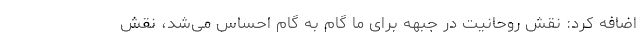
اضافه کرد: نقش روحانیت در جبهه برای ما گام به گام احساس می‌شد، نقش